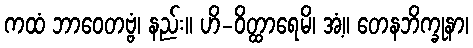
ကထံ ဘာဝေတဗ္ဗံ၊ နည်း။ ဟိ-ဝိတ္ထာရေမိ၊ အံ့။ တေနဘိက္ခုနာ၊